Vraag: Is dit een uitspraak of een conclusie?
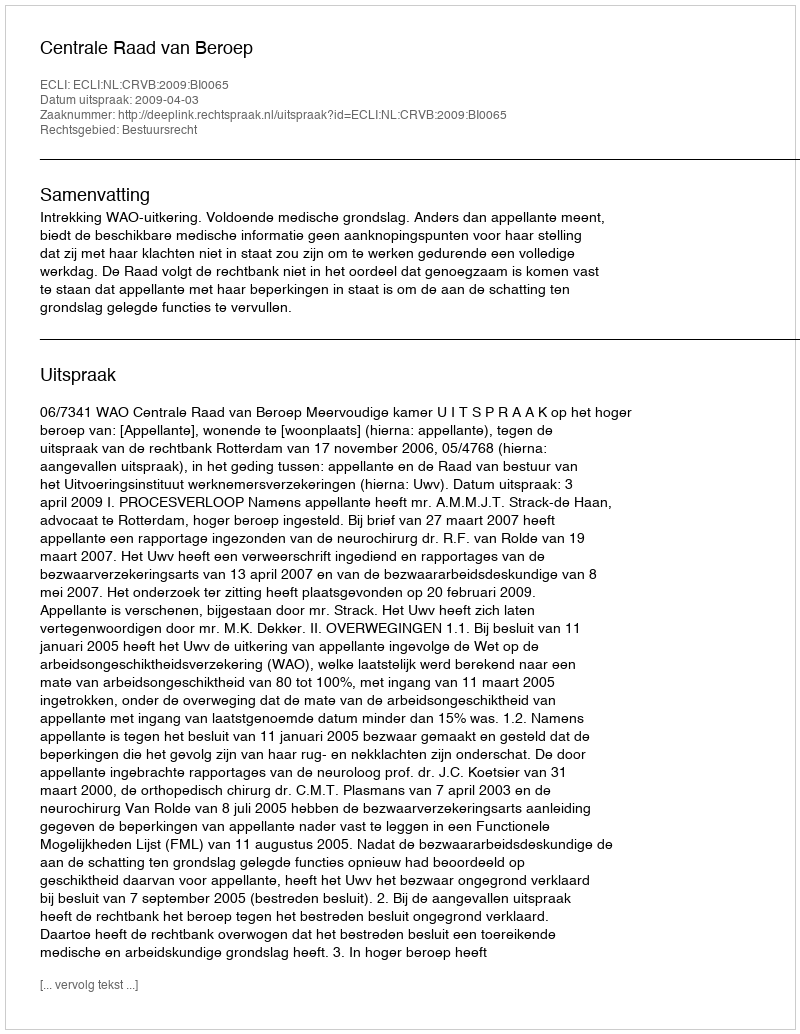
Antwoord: Uitspraak